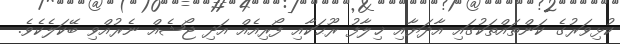
ކުޅިވަރުގެ ކަންތައްތަކުގައި އާދަޔާއި ޚިލާފު ރޫޙަކާއި ފޯރިއެއް އަދި ޖޯޝެއް ނެރުއްވި ބޭކަލެކެވެ.